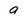
Character: 9